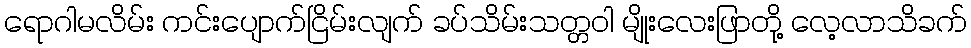
ရောဂါမလိမ်း ကင်းပျောက်ငြိမ်းလျက် ခပ်သိမ်းသတ္တဝါ မျိုးလေးဖြာတို့ လေ့လာသိခက်